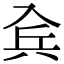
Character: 𠓫